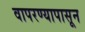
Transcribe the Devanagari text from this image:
वापरण्यापासून